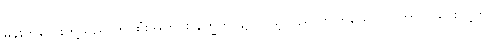
မိန်းကလေးတို့သည် ဤထုံးအတိုင်း နက္ခတ်ပွဲ၌ လှည့်လည်လာကြသော ကိုကာလသားတို့ကို